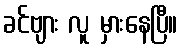
ခင်ဗျား လူ မှားနေပြီ။